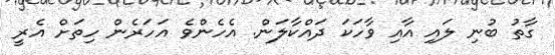
ގާތު ބުނި ލައި އާއި ވާހަކަ ދައްކާލަން. އެހެންވެ އަހަރެން ހިތަށް އެރީ